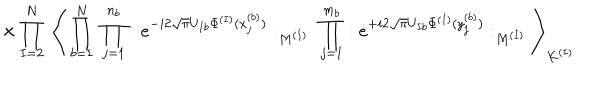
\times \prod _ { I = 2 } ^ { N } \; \Bigg \langle \prod _ { b = 1 } ^ { N } \; \prod _ { j = 1 } ^ { n _ { b } } : e ^ { - i 2 \sqrt { \pi } U _ { I b } \Phi ^ { ( I ) } ( x _ { j } ^ { ( b ) } ) } : _ { M ^ { ( I ) } } \; \prod _ { j = 1 } ^ { m _ { b } } : e ^ { + i 2 \sqrt { \pi } U _ { I b } \Phi ^ { ( I ) } ( y _ { j } ^ { ( b ) } ) } : _ { M ^ { ( I ) } } \Bigg \rangle _ { K ^ { ( I ) } }